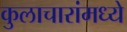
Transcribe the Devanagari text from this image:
कुलाचारांमध्ये